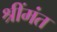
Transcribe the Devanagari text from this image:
श्रींमंत